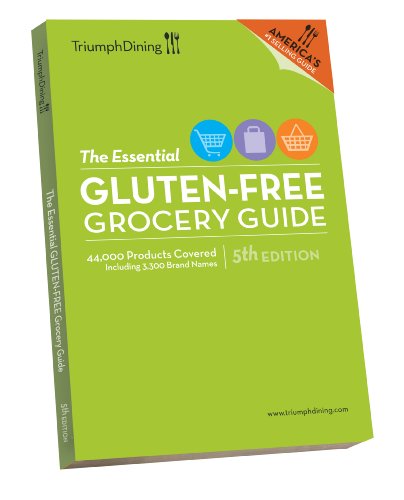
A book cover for Essential Gluten-Free Grocery Guide; Triumph Dining Gluten Free Publishing; Health, Fitness & Dieting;